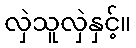
လှဲသူလှဲနှင့်။